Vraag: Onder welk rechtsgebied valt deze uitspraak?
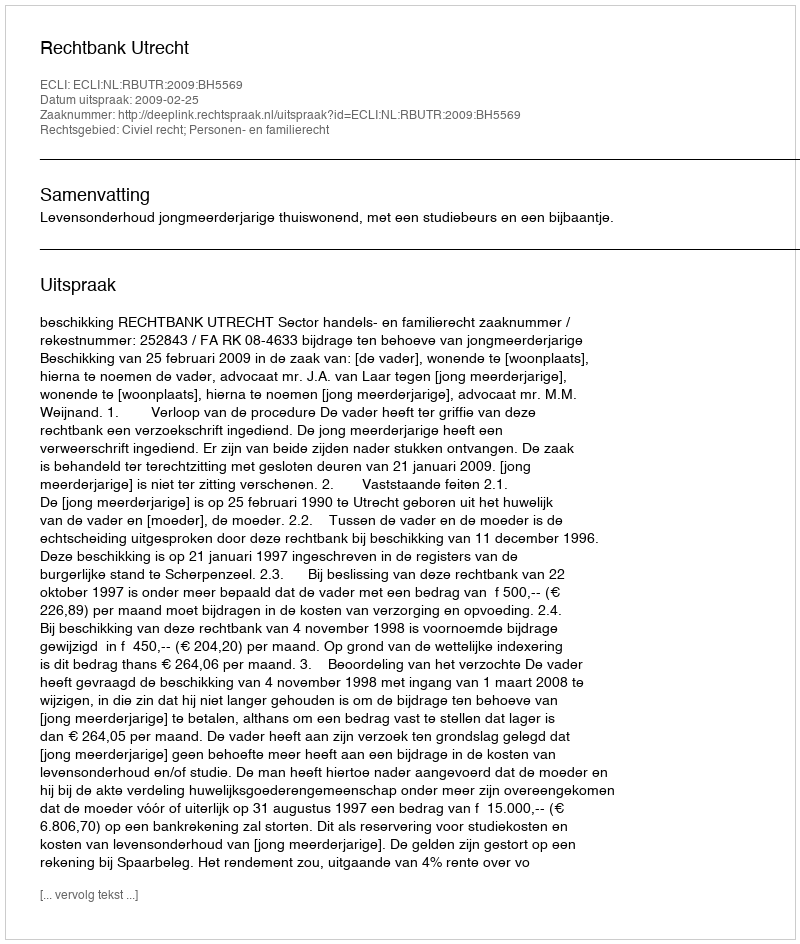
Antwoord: Civiel recht; Personen- en familierecht